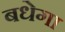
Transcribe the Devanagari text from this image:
बधेगा